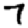
Digit: 7